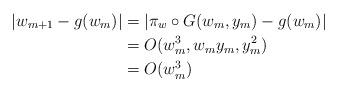
LaTeX: \begin{align*}|w_{m+1} - g(w_m)| &= |\pi_w\circ G(w_m, y_m) - g(w_m)| \\& = O(w_m^3, w_my_m, y_m^2)\\&= O(w_m^3)\end{align*}